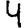
Digit: 4